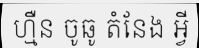
ហ្មឺន ចូឆូ តំនែង អ្វី